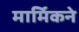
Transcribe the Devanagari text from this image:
मार्मिकने